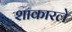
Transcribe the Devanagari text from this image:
शाकारले